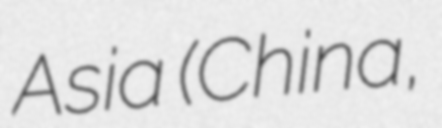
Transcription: Asia (China,